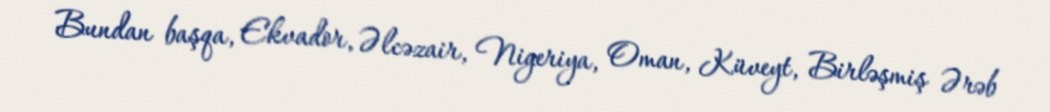
Bundan başqa, Ekvador, Əlcəzair, Nigeriya, Oman, Küveyt, Birləşmiş Ərəb